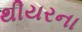
થીયરના